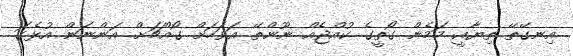
އިނގޭތޭ ތިޔާއީ މަމެން ގޯތީގެ ކުއްޖެއް ނޫންތޭ އަވަހަށް ގޯއްޗަށް އަންނަން އުޅެގަ